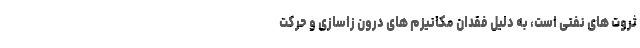
ثروت­ های نفتی است، به دلیل فقدان مکانیزم­ های درون ­زا­سازی و حرکت